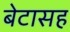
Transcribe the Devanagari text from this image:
बेटासह